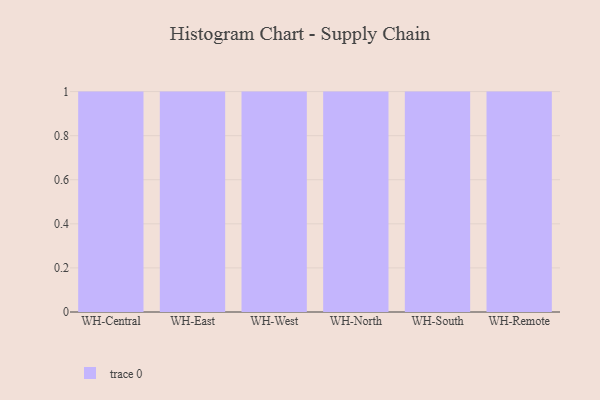
{"axis": {"x": "Warehouse", "y": "Website Visitors"}, "legend": [""], "data": [{"x": "WH-Central", "y": 19, "type": ""}, {"x": "WH-East", "y": 76, "type": ""}, {"x": "WH-West", "y": 45, "type": ""}, {"x": "WH-North", "y": 97, "type": ""}, {"x": "WH-South", "y": 9, "type": ""}, {"x": "WH-Remote", "y": 68, "type": ""}]}